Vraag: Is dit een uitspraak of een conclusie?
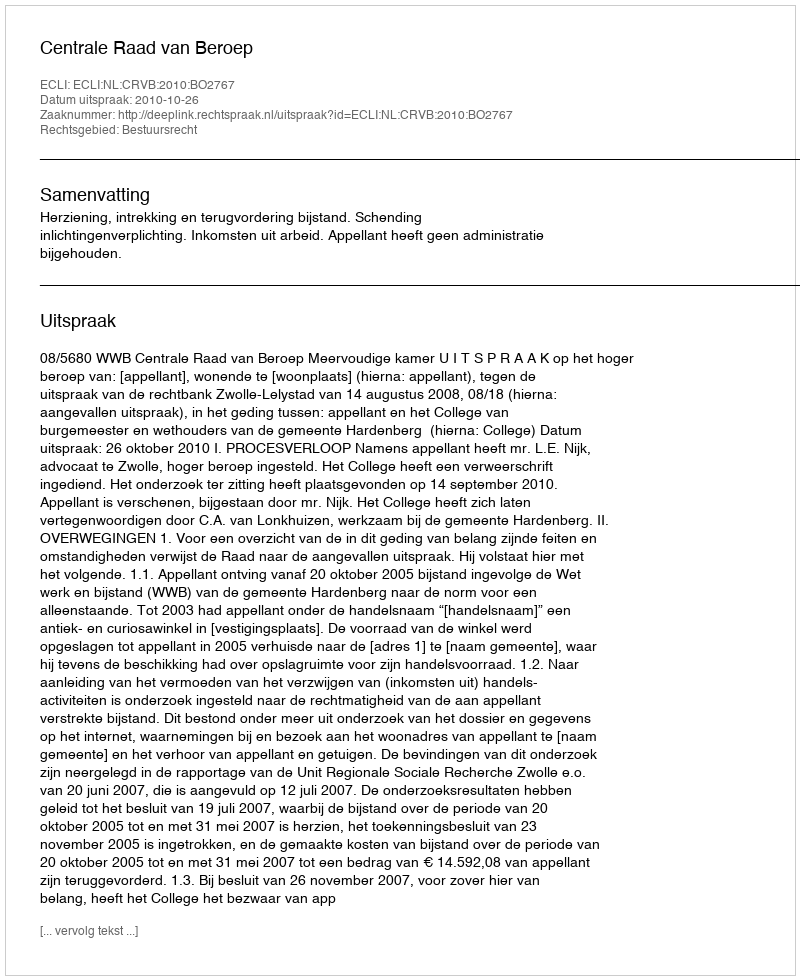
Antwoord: Uitspraak